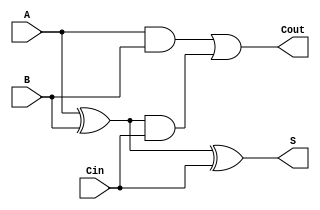
`timescale 1ns / 1ps
//////////////////////////////////////////////////////////////////////////////////
// Company: 
// Engineer: 
// 
// Design Name: 
// Module Name: full_adder
// Project Name: 
// Target Devices: 
// Tool Versions: 
// Description: 
// 
// Dependencies: 
// 
// Revision:
// Revision 0.01 - File Created
// Additional Comments:
// 
//////////////////////////////////////////////////////////////////////////////////


module full_adder(
    input A,
    input B,
    input Cin,
    output S,
    output Cout
);

assign S = (A ^ B) ^ Cin; // Sum output
assign Cout = (A & B) | ((A ^ B) & Cin); // Carry-out output

endmodule